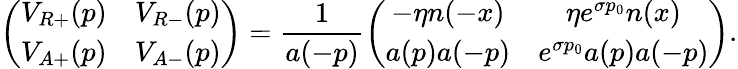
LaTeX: \left(\begin{array}{cc}{{V_{R+}(p)}}&{{V_{R-}(p)}}\\ {{V_{A+}(p)}}&{{V_{A-}(p)}}\end{array}\right)=\frac{1}{a(-p)}\left(\begin{array}{cc}{{-\eta n(-x)}}&{{\eta e^{\sigma p_{0}}n(x)}}\\ {{a(p)a(-p)}}&{{e^{\sigma p_{0}}a(p)a(-p)}}\end{array}\right).